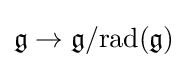
{\mathfrak {g}}\to {\mathfrak {g}}/{\rm {rad}}({\mathfrak {g}})